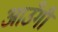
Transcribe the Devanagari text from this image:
आउँगी